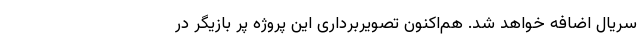
سریال اضافه خواهد شد. هم‌اکنون تصویربرداری این پروژه پر بازیگر در